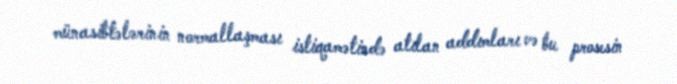
münasibtələrinin normallaşması istiqamətində atılan addımları və bu prosesin